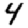
Digit: 4